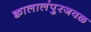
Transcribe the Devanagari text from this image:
क्वालालंपुरजवळ